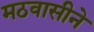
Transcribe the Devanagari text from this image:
मठवासीने